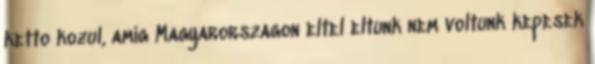
ketto kozul, amig Magyarorszagon eltel eltunk nem voltunk kepesek